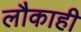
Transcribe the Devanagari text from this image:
लौकाही